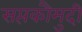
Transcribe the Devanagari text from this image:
सप्तकौमुदी